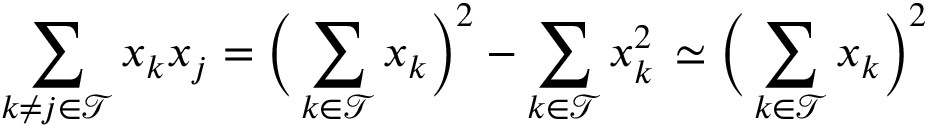
\sum _ { k \neq j \in \mathcal { T } } x _ { k } x _ { j } = \Big ( \sum _ { k \in \mathcal { T } } x _ { k } \Big ) ^ { 2 } - \sum _ { k \in \mathcal { T } } x _ { k } ^ { 2 } \, \simeq \Big ( \sum _ { k \in \mathcal { T } } x _ { k } \Big ) ^ { 2 }